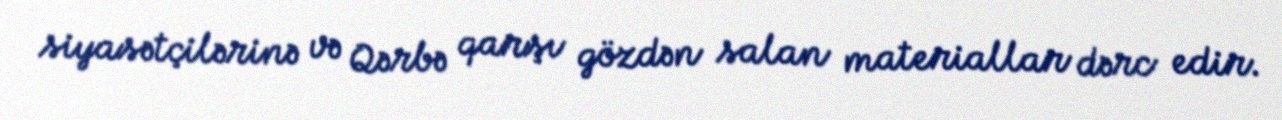
siyasətçilərinə və Qərbə qarşı gözdən salan materiallar dərc edir.